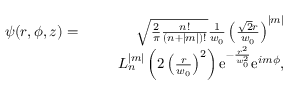
\begin{array} { r l r } { \psi ( r , \phi , z ) = } & { } & { \sqrt { \frac { 2 } { \pi } \frac { n ! } { ( n + | m | ) ! } } \frac { 1 } { w _ { 0 } } \left( \frac { \sqrt { 2 } r } { w _ { 0 } } \right) ^ { | m | } } \\ & { } & { \ \ L _ { n } ^ { | m | } \left( 2 \left( \frac { r } { w _ { 0 } } \right) ^ { 2 } \right) \mathrm { e } ^ { - \frac { r ^ { 2 } } { w _ { 0 } ^ { 2 } } } \mathrm { e } ^ { i m \phi } , } \end{array}